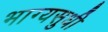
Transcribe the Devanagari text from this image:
भाग्यसुधी